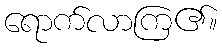
ရောက်လာကြ၏။